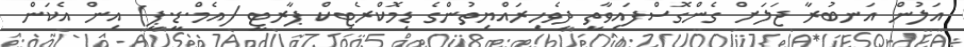
އަލުން އަނބުރާ ޖަލަށް ގެންގޮސްފައިވާތީ ދިވެހިރައްޔިތުންގެ ޑިމޮކްރެޓިކް ޕާރޓީ (އެމް.ޑީ.ޕީ) އިން އެކަން